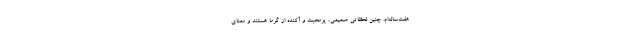
هفت‌ساله‌ام. چنین لحظاتی صمیمی، پرمحبت و آکنده از گرما هستند و معنای